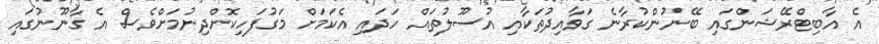
އެ އާބިޓްރޭޝަންގައި ބޭނުންކުރާނެ ގަވާއިދުތަކާއި އުސޫލުތައް ހަދައި އެކަމަށް މަގުފަހިކޮށްދިނުމަށްވެސް އެ ގާނޫނުގައި